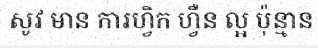
សូវ មាន ការហ្វិក ហ្វឺន ល្អ ប៉ុន្មាន